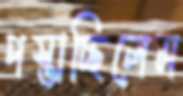
পস্তাচ্ছিলেম